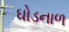
ઘોડનાળ